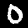
Label: 0